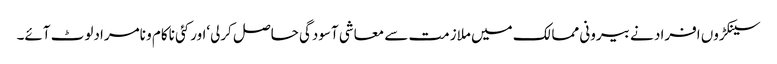
سینکڑوں افراد نے بیرونی ممالک میں ملازمت سے معاشی آسودگی حاصل کرلی‘اورکئی ناکام و نامرادلوٹ آئے۔